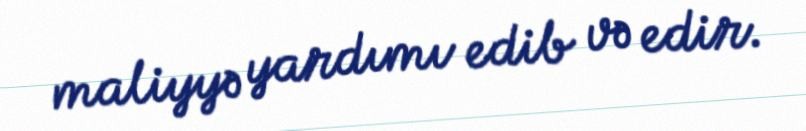
maliyyə yardımı edib və edir.